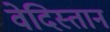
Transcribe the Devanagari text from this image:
वेदिस्तान